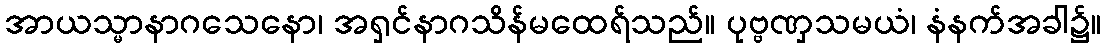
အာယသ္မာနာဂသေနော၊ အရှင်နာဂသိန်မထေရ်သည်။ ပုဗ္ဗဏှသမယံ၊ နံနက်အခါ၌။